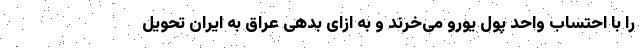
را با احتساب واحد پول یورو می‌خرند و به ازای بدهی عراق به ایران تحویل